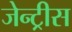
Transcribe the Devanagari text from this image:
जेन्ट्रीस